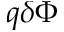
q \delta \Phi